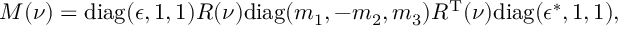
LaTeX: M ( \nu ) = \mathrm { d i a g } ( \epsilon , 1 , 1 ) R ( \nu ) \mathrm { d i a g } ( m _ { 1 } , - m _ { 2 } , m _ { 3 } ) R ^ { \mathrm { T } } ( \nu ) \mathrm { d i a g } ( \epsilon ^ { * } , 1 , 1 ) ,